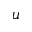
u